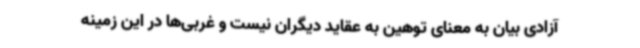
آزادی بیان به معنای توهین به عقاید دیگران نیست و غربی‌ها در این زمینه